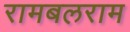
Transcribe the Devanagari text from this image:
रामबलराम